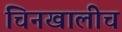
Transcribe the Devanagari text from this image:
चिनखालीच